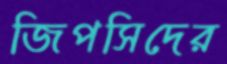
জিপসিদের